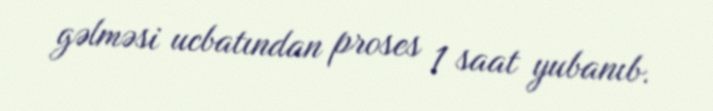
gəlməsi ucbatından proses 1 saat yubanıb.